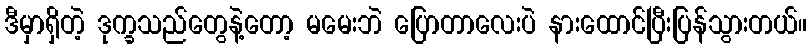
ဒီမှာရှိတဲ့ ဒုက္ခသည်တွေနဲ့တော့ မမေးဘဲ ပြောတာလေးပဲ နားထောင်ပြီးပြန်သွားတယ်။